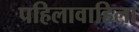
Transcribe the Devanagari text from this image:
पहिलावाहिला